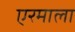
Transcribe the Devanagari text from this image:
एरमाला